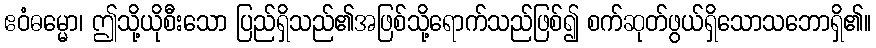
ဧဝံဓမ္မော၊ ဤသို့ယိုစီးသော ပြည်ရှိသည်၏အဖြစ်သို့ရောက်သည်ဖြစ်၍ စက်ဆုတ်ဖွယ်ရှိသောသဘောရှိ၏။